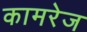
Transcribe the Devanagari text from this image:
कामरेज